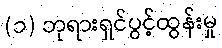
(၁) ဘုရားရှင်ပွင့်ထွန်းမှု